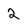
Character: 2